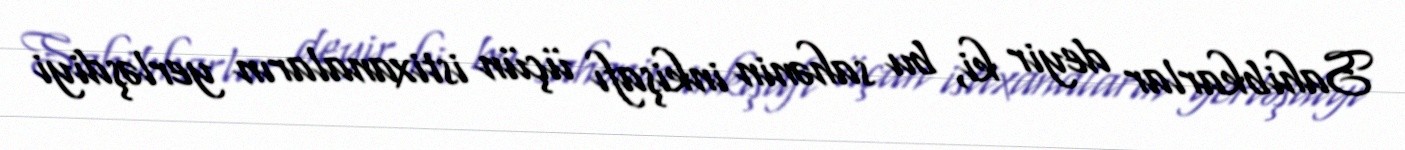
Sahibkarlar deyir ki, bu sahənin inkişafı üçün istixanaların yerləşdiyi